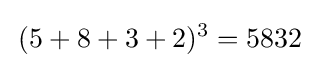
\,(5+8+3+2)^{3}=5832